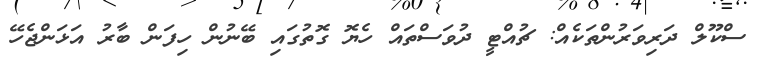
ސްކޫލް ދަރިވަރުންތަކެއް: ޗުއްޓީ ދުވަސްތައް ހެޔޮ ގޮތުގައި ބޭނުން ހިފަން ބާރު އަޅަންޖެހޭ